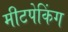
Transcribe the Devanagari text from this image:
मीटपेकिंग